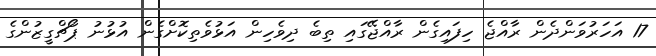
17 އަަހަރުވަންދެން ރާއްޖެ ހިފައިގެން ރާއްޖޭގައި ތިބެ ދިވެހިން އަޅުވެތިކޮށްގެން އުޅުނު ޕޯޗްގީޒުންގެ